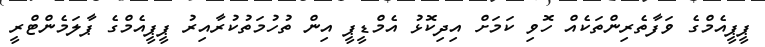
ޕީޕީއެމްގެ ވަފާތެރިންތަކެއް ހޮވި ކަމަށް އިދިކޮޅު އެމްޑީޕީ އިން ތުހުމަތުކުރާއިރު ޕީޕީއެމްގެ ޕާލަމެންޓްރީ